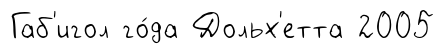
Габ'игол го́да Дольх'етта 2005